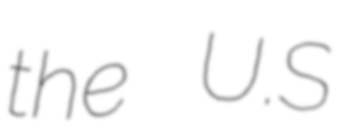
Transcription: the U.S